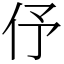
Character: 伃